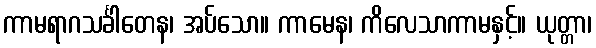
ကာမရာဂသင်္ခါတေန၊ အပ်သော။ ကာမေန၊ ကိလေသာကာမနှင့်။ ယုတ္တာ၊